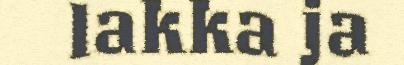
lakka ja